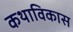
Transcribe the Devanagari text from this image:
कथाविकास